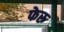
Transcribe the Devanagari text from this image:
फेरु